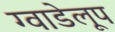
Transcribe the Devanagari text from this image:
ग्वाडेलूप